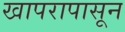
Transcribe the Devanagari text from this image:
खापरापासून